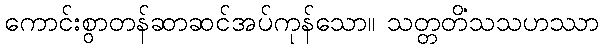
ကောင်းစွာတန်ဆာဆင်အပ်ကုန်သော။ သတ္တတိံသသဟဿာ